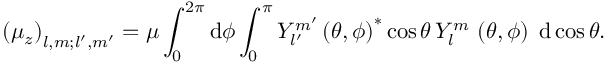
\left( \mu _ { z } \right) _ { l , m ; l ^ { \prime } , m ^ { \prime } } = \mu \int _ { 0 } ^ { 2 \pi } \mathrm { d } \phi \int _ { 0 } ^ { \pi } Y _ { l ^ { \prime } } ^ { m ^ { \prime } } \left( \theta , \phi \right) ^ { * } \cos \theta \, Y _ { l } ^ { m } \, \left( \theta , \phi \right) \; \mathrm { d } \cos \theta .